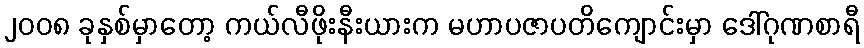
၂၀၀၈ ခုနှစ်မှာတော့ ကယ်လီဖိုးနီးယားက မဟာပဇာပတိကျောင်းမှာ ဒေါ်ဂုဏစာရီ